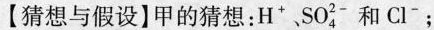
【猜想与假设】甲的猜想：H^{+}SO_{4}^{2-}和Cl^{-}；